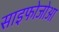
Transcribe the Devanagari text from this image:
साइफोजोआ